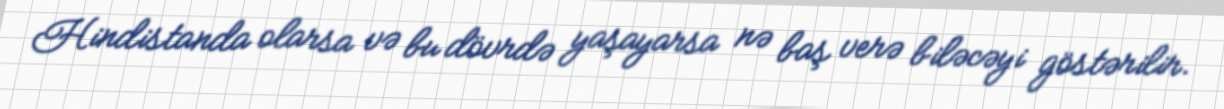
Hindistanda olarsa və bu dövrdə yaşayarsa nə baş verə biləcəyi göstərilir.